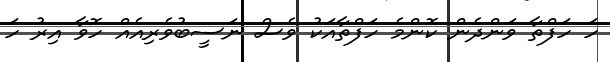
ހަ ހަފްތާ ވަންދެން ކޮންމެ ހަފްތާއަކު ވެސް ނަސީބުވެރިއެއް ހޮވާ އިރު ހަ